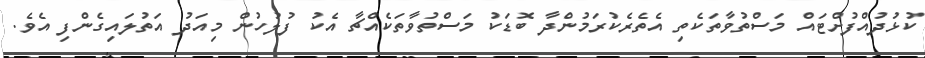
ކުޅުދުއްފުށްޓައް މަސްތުވާތަކެތި އެތެރެކުރަމުންދާ ބޮޑަކު މަސްތުވާތަކެއްޗާ އެކު ފުލުހުން މިއަދު އަތުލައިގެންފި އެވެ.